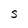
Character: S